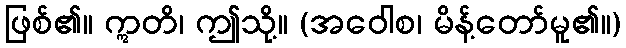
ဖြစ်၏။ ဣတိ၊ ဤသို့။ (အဝေါစ၊ မိန့်တော်မူ၏။)